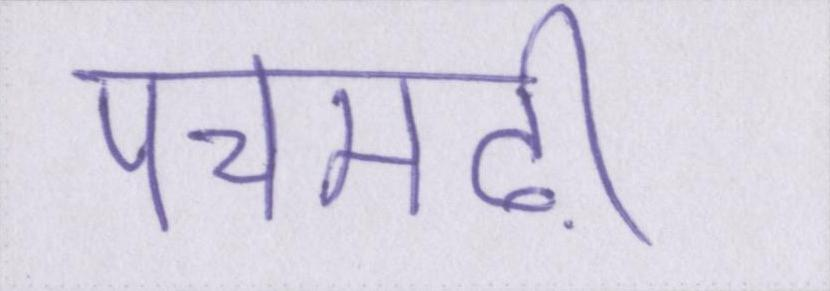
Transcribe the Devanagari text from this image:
पचमढ़ी